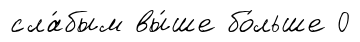
сла́бым вы́ше бо́льше 0